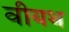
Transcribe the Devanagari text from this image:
वीयथ